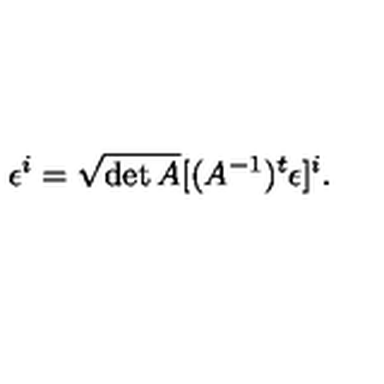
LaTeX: \epsilon ^ { i } = \sqrt { \det A } [ ( A ^ { - 1 } ) ^ { t } \epsilon ] ^ { i } .